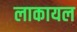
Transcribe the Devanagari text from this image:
लाकायल